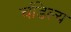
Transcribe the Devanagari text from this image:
चंडिल्य